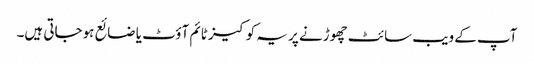
آپ کے ویب سائٹ چھوڑنے پر یہ کوکیز ٹائم آؤٹ یا ضائع ہوجاتی ہیں۔